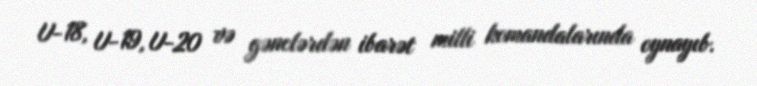
U-18, U-19, U-20 və gənclərdən ibarət milli komandalarında oynayıb.